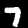
Digit: 7